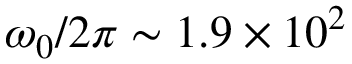
\omega _ { 0 } / 2 \pi \sim 1 . 9 \times 1 0 ^ { 2 }